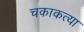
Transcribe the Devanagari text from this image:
चकाकत्या